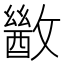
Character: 𫿙